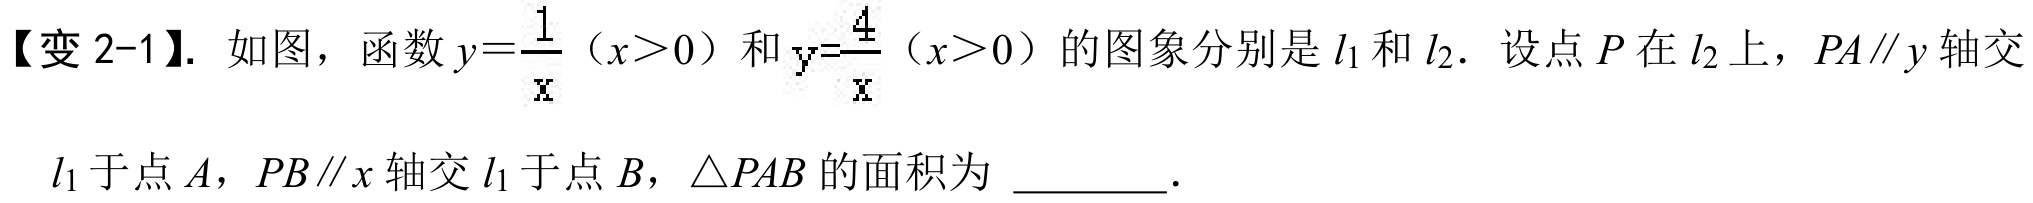
【变 2-1】. 如图，函数\(y = \dfrac{1}{x}\)（\(x>0\)）和\(y = \dfrac{4}{x}\)（\(x>0\)）的图象分别是\(l_1\)和\(l_2\). 设点\(P\)在\(l_2\)上，\(PA\parallel y\)轴交\(l_1\)于点\(A\)，\(PB\parallel x\)轴交\(l_1\)于点\(B\)，\(\triangle PAB\)的面积为 \(\underline{\quad\quad}\).